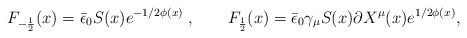
\begin{align*} F_{-{1\over2}}(x)=\bar \epsilon_0S(x)e^{-1/2\phi(x)}\;,\qquad F_{ 1\over 2}(x) = \bar \epsilon_0 \gamma_\mu S(x) \partial X^\mu(x)e^{1/2\phi(x)},\end{align*}